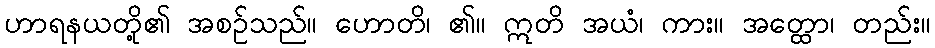
ဟာရနယတို့၏ အစဉ်သည်။ ဟောတိ၊ ၏။ ဣတိ အယံ၊ ကား။ အတ္ထော၊ တည်း။